Medical and sanitary report of the native army of Bengal for the year
Year: 1877
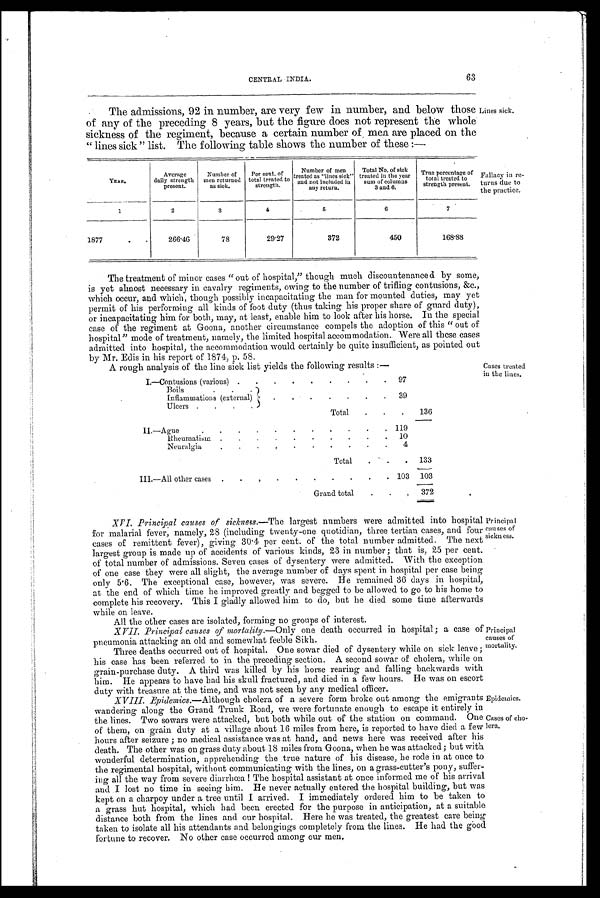
Epidemics.
Cases of cho-
lera.
63
CENTRAL INDIA.
The admissions, 92 in number, are very few in number, and below those
of any of the preceding 8 years, but the figure does not represent the whole
sickness of the regiment, because a certain number of men are placed on the
"lines sick" list. The following table shows the number of these :—
YEAR.
Average
daily strength
present.
Number of
men returned
as sick,
Per cent, of to
total treated to
strength.
Number of men
treated as "lines sick"
and included in
any return.
Total No. of sick
treated in the year
sum of columns
3 and 6.
T r u e p e r e e n t a g e o f
total treated to
strength present.
1
2
3
4
5
6
7
1877
266.46
78
29.27
372
450
168.88
Lines sick.
Fallacy in re-
turns duo to
the practice.
The treatment of minor cases "out of hospital," though much discountenanced by some,
is yet almost necessary in cavalry regiments, owing to the number of trifling contusions, &c.,
which occur, and which, though possibly incapacitating the man for mounted duties, may yet
permit of his performing all kinds of foot duty (thus taking his proper share of guard duty),
or incapacitating him for both, may, at least, enable him to look after his horse. In the special
case of the regiment at Goona, another circumstance compels the adoption of this "out of
hospital" mode of treatment, namely, the limited hospital accommodation.. Were all these cases
admitted into hospital, the accommodation would. certainly be quite insufficient, as pointed out
by Mr. Edis in his report of 1874, p. 58.
A rough analysis of the line sick list yields the following results :—
I.—Contusions (various) .
.
.
.
.
.
.
.
.
97
Boils
.
.
.
Inflammations (external)
.
.
.
.
.
.
.
39
Ulcers .
.
.
.
Total
.
.
.
136
II.—Agne
.
.
.
.
.
.
.
. .
. 119
Rheumatism
.
.
.
.
.
.
.
.
.
.
10
Neuralgia
.
.
.
.
.
.
.
.
.
.
4
Total
. .
.
133
III.—All other cases
.
.
.
.
.
.
.
.
.
.
103
103
Grand total
.
.
.
372
Cases treated
in the lines.
XV I. Principal causes of sickness.—The largest numbers were admitted into hospital
for malarial fever, namely, 28 (including twenty-one quotidian, three tertian cases, and four
cases of remittent fever), giving 30 . 4 per cent. of the total number admitted. The next
largest group is made up of accidents of various kinds, 23 in number; that is, 25 per cent.
of total number of admissions. Seven cases of dysentery were admitted. With the exception
of one case they were all slight, the average number of days spent in hospital per case being
only 5.6. The exceptional case, however, was severe. He remained 36 days in hospital,
at the end of which time he improved greatly and begged to be allowed to go to his home to
complete his recovery. This I gladly allowed him to do, but he died some time afterwards
while on leave.
All the other cases are isolated, forming no groups of interest.
XVII. Principal causes of mortalify.—Only one death occurred in hospital; a case of
pneumonia attacking an old and somewhat feeble Sikh.
Three deaths occurred out of hospital. One sowar died of dysentery while on sick leave;
his case has been referred to in the preceding section. A second sowar of cholera, while on
grain-purchase duty. A third was killed by his horse rearing and falling backwards with
him. He appears to have had his skull fractured, and died in a few hours. He was on escort
duty with treasure at the time, and. was not seen by any medical officer.
XVIII.
Epidemics.—Although cholera of a severe form broke out among the emigrants
wandering along the Grand Trunk Road, we were fortunate enough to escape it entirely in
the lines. Two sowars were attacked, but both while out of the station on command. One
of them, on grain duty at a village about 16 miles from here, is reported to have died a few
hours after seizure ; no medical assistance was at hand, and news here was received after his
death. The other was on grass duty about 18 miles from Goona, when he was attacked ; but with
wonderful determination, apprehending the . true nature of his disease, he rode in at once to
the regimental hospital, without communicating with the lines, on a grass-cutter's pony, suffer-
ing all the way from severe diarrhoea! The hospital assistant at once informed me of his arrival
and I lost no time in seeing him. He never actually entered the hospital building, but was
kept on a charpoy under a tree until I arrived. I immediately ordered him to be taken to
a grass hut hospital, which had been erected for the purpose in anticipation, at a suitable
distance both from the lines and our hospital. Here he was treated, the greatest care being
taken to isolate all his attendants and belongings completely from the lines. He had the good
fortune to recover, No other case occurred among our men,
Principal
causes of
sickn ess.
Principal
causes of
mortality.